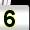
Digit: 5